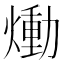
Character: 㷲